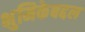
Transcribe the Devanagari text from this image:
भुमिकेबद्दल